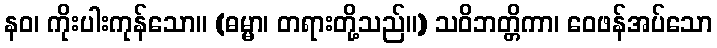
နဝ၊ ကိုးပါးကုန်သော။ (ဓမ္မာ၊ တရားတို့သည်။) သဝိဘတ္တိကာ၊ ဝေဖန်အပ်သော